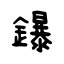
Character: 鑤